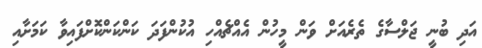
އަދި ބުނީ ޖަލްސާގެ ތެރެއަށް ވަން މީހުން އެއްޗެއްހި އުކުންފަދަ ކަންކަންކޮށްފައިވާ ކަމަށާއި